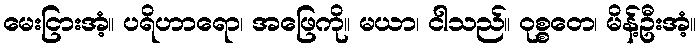
မေးငြားအံ့။ ပရိဟာရော၊ အဖြေကို။ မယာ၊ ငါသည်။ ဝုစ္စတေ၊ မိန့်ဦးအံ့။